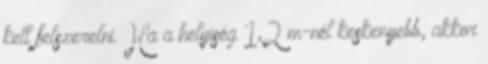
kell felszerelni. Ha a helyiség 1,2 m-nél keskenyebb, akkor